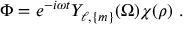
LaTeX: \Phi = e ^ { - i \omega t } Y _ { \ell , \{ m \} } ( \Omega ) \chi ( \rho ) \ .